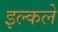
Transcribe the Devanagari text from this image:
इल्कले